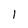
Character: l